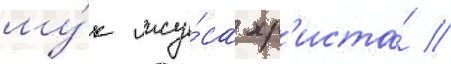
му́к иису́са хр'иста́ //